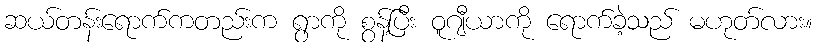
ဆယ်တန်းရောက်ကတည်းက ရွာကို စွန့်ပြီး ဝူဂျီယာကို ရောက်ခဲ့သည် မဟုတ်လား။